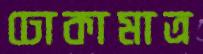
ঢোকামাত্র